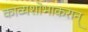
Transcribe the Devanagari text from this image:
काव्यशोभाकरान्